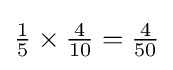
\textstyle {\frac {1}{5}}\times {\frac {4}{10}}={\frac {4}{50}}